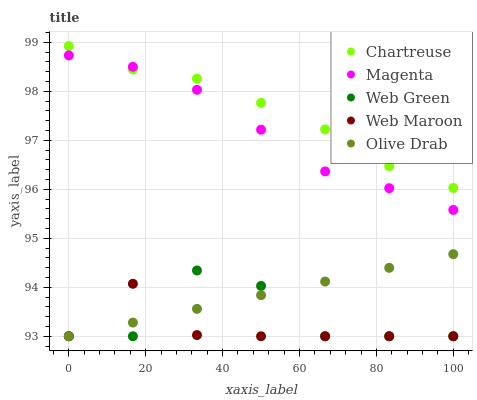
| xaxis_label | Chartreuse | Magenta | Web Green | Web Maroon | Olive Drab |
 | --- | --- | --- | --- | --- | --- |
 | 0 | 98.9 | 98.7 | 93 | 93 | 93 |
 | 16.7 | 98.4 | 98.5 | 93 | 94.1 | 93.3 |
 | 33.3 | 98.3 | 98 | 94.3 | 93 | 93.6 |
 | 50 | 97.8 | 97.2 | 94 | 93 | 93.8 |
 | 66.7 | 97.2 | 96.4 | 93 | 93 | 94.1 |
 | 83.3 | 96.5 | 96 | 93 | 93 | 94.4 |
 | 100 | 96 | 95.6 | 93 | 93 | 94.7 |